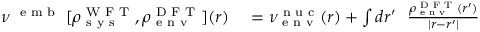
\begin{array} { r l } { \nu ^ { \textrm { { e m b } } } [ \rho _ { \textrm { s y s } } ^ { \textrm { W F T } } , \rho _ { \textrm { e n v } } ^ { \textrm { D F T } } ] ( r ) } & { { } = \nu _ { \textrm { e n v } } ^ { \textrm { n u c } } ( r ) + \int d r ^ { \prime } ~ ~ \frac { \rho _ { \textrm { e n v } } ^ { \textrm { D F T } } ( r ^ { \prime } ) } { | r - r ^ { \prime } | } } \end{array}